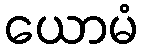
ယောမံ